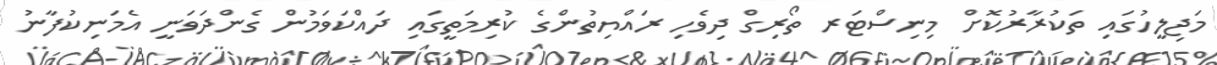
މަޖިލީހުގައި ތަކުރާރުކޮށް މިނިސްޓަރ ތޯރިގް ދިވެހި ރައްޔިތުންގެ ކުރިމަތީގައި ދައްކަވަމުން ގެންދަވަނީ އެމަނިކުފާނު